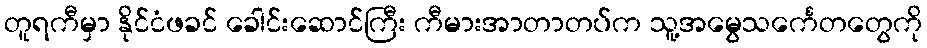
တူရကီမှာ နိုင်ငံဖခင် ခေါင်းဆောင်ကြီး ကီမားအာတာတပ်က သူ့အမွေသင်္ကေတတွေကို